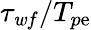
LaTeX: \tau_{\mathit{w}f}/T_{p\mathrm{e}}